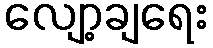
လျော့ချရေး